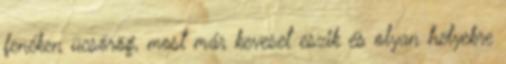
fenéken ücsörög, most már keveset eszik és olyan helyekre